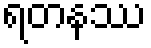
ရတနဿ